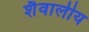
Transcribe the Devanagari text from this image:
शैवालीय